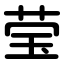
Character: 莹